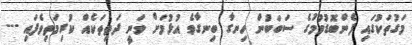
މަގުތަކުގައި ފެންބޮޑުވުމުގެ ސަބަބުން ހިނގާ ބިނގާވެ އުޅުމަށް ވަނީ ދަތިތަކެއް ކުރިމަތިވެފައި ---